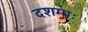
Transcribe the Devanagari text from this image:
दशमाः